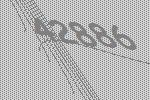
42886